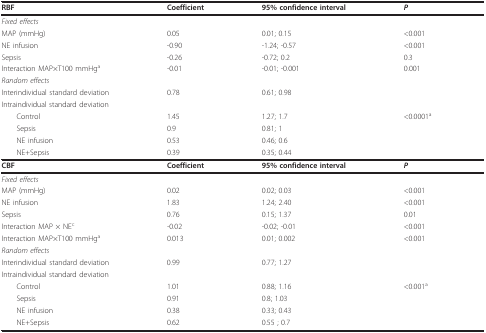
| RBF | Coefficient | 95% confidence interval | P |
 | --- | --- | --- | --- |
 | Fixed effects |  |  |  |
 | MAP (mmHg) | 0.05 | 0.01; 0.15 | <0.001 |
 | NE infusion | -0.90 | -1.24; -0.57 | <0.001 |
 | Sepsis | -0.26 | -0.72; 0.2 | 0.3 |
 | Interaction MAP×T100 mmHga | -0.01 | -0.01; -0.001 | 0.001 |
 | Random effects |  |  |  |
 | Interindividual standard deviation | 0.78 | 0.61; 0.98 |  |
 | Intraindividual standard deviation |  |  |  |
 | Control | 1.45 | 1.27; 1.7 | <0.0001a |
 | Sepsis | 0.9 | 0.81; 1 |  |
 | NE infusion | 0.53 | 0.46; 0.6 |  |
 | NE+Sepsis | 0.39 | 0.35; 0.44 |  |
 | CBF | Coefficient | 95% confidence interval | P |
 | Fixed effects |  |  |  |
 | MAP (mmHg) | 0.02 | 0.02; 0.03 | <0.001 |
 | NE infusion | 1.83 | 1.24; 2.40 | <0.001 |
 | Sepsis | 0.76 | 0.15; 1.37 | 0.01 |
 | Interaction MAP × NEc | -0.02 | -0.02; -0.01 | <0.001 |
 | Interaction MAP×T100 mmHga | 0.013 | 0.01; 0.002 | <0.001 |
 | Random effects |  |  |  |
 | Interindividual standard deviation | 0.99 | 0.77; 1.27 |  |
 | Intraindividual standard deviation |  |  |  |
 | Control | 1.01 | 0.88; 1.16 | <0.001a |
 | Sepsis | 0.91 | 0.8; 1.03 |  |
 | NE infusion | 0.38 | 0.33; 0.43 |  |
 | NE+Sepsis | 0.62 | 0.55 ; 0.7 |  |